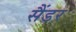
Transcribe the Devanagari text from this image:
सैंडर